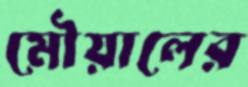
মৌয়ালের